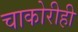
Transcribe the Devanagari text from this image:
चाकोरीही